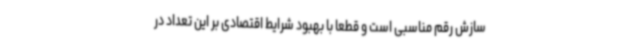
سازش رقم مناسبی است و قطعا با بهبود شرایط اقتصادی بر این تعداد در